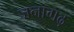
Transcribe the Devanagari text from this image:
जनागढ़